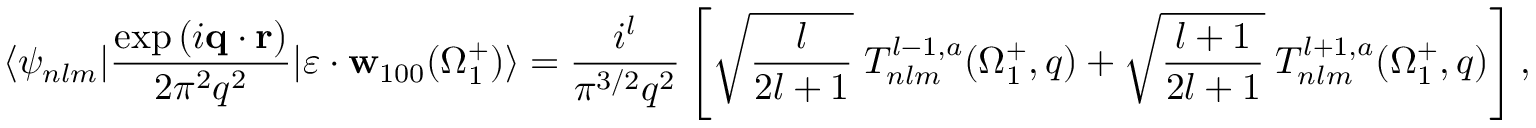
\langle \psi _ { n l m } | \frac { \exp { ( i \mathbf { q } \cdot \mathbf { r } ) } } { 2 \pi ^ { 2 } q ^ { 2 } } | \boldsymbol { \varepsilon } \cdot { \mathbf { w } } _ { 1 0 0 } ( \Omega _ { 1 } ^ { + } ) \rangle = \frac { i ^ { l } } { { \pi } ^ { 3 / 2 } q ^ { 2 } } \left[ \sqrt { \frac { l } { 2 l + 1 } } \; { \cal T } _ { n l m } ^ { l - 1 , a } ( \Omega _ { 1 } ^ { + } , q ) + \sqrt { \frac { l + 1 } { 2 l + 1 } } \; { \cal T } _ { n l m } ^ { l + 1 , a } ( \Omega _ { 1 } ^ { + } , q ) \right] ,